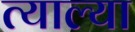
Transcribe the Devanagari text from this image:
त्याल्या